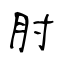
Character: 肘